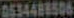
0534488506